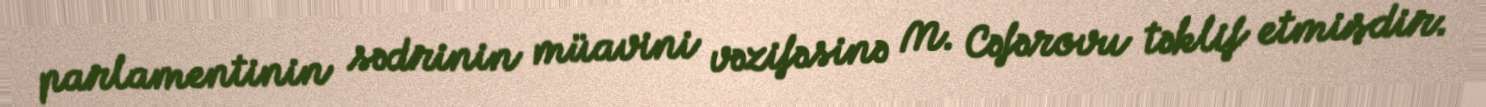
parlamentinin sədrinin müavini vəzifəsinə M. Cəfərovu təklif etmişdir.